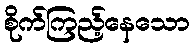
စိုက်ကြည့်နေသော